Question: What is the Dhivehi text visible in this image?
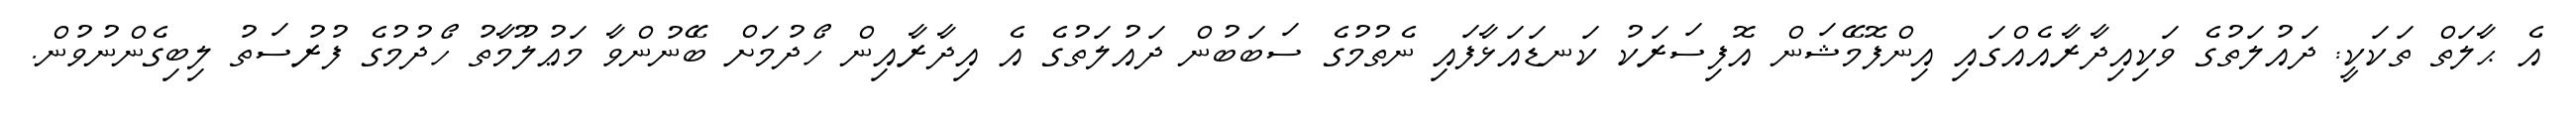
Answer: އެ ޙާލަތް ތަކަކީ: ދައުލަތުގެ ވަކިއިދާރާއެއްގައި އިންފޮމޭޝަން އޮފިސަރަކު ކަނޑައަޅާފައި ނެތުމުގެ ސަބަބުން ދައުލަތުގެ އެ އިދާރާއިން ހޯދުމަށް ބޭނުންވާ މަޢުލޫމާތު ހޯދުމުގެ ފުރުސަތު ލިބިގެންނުވުން.